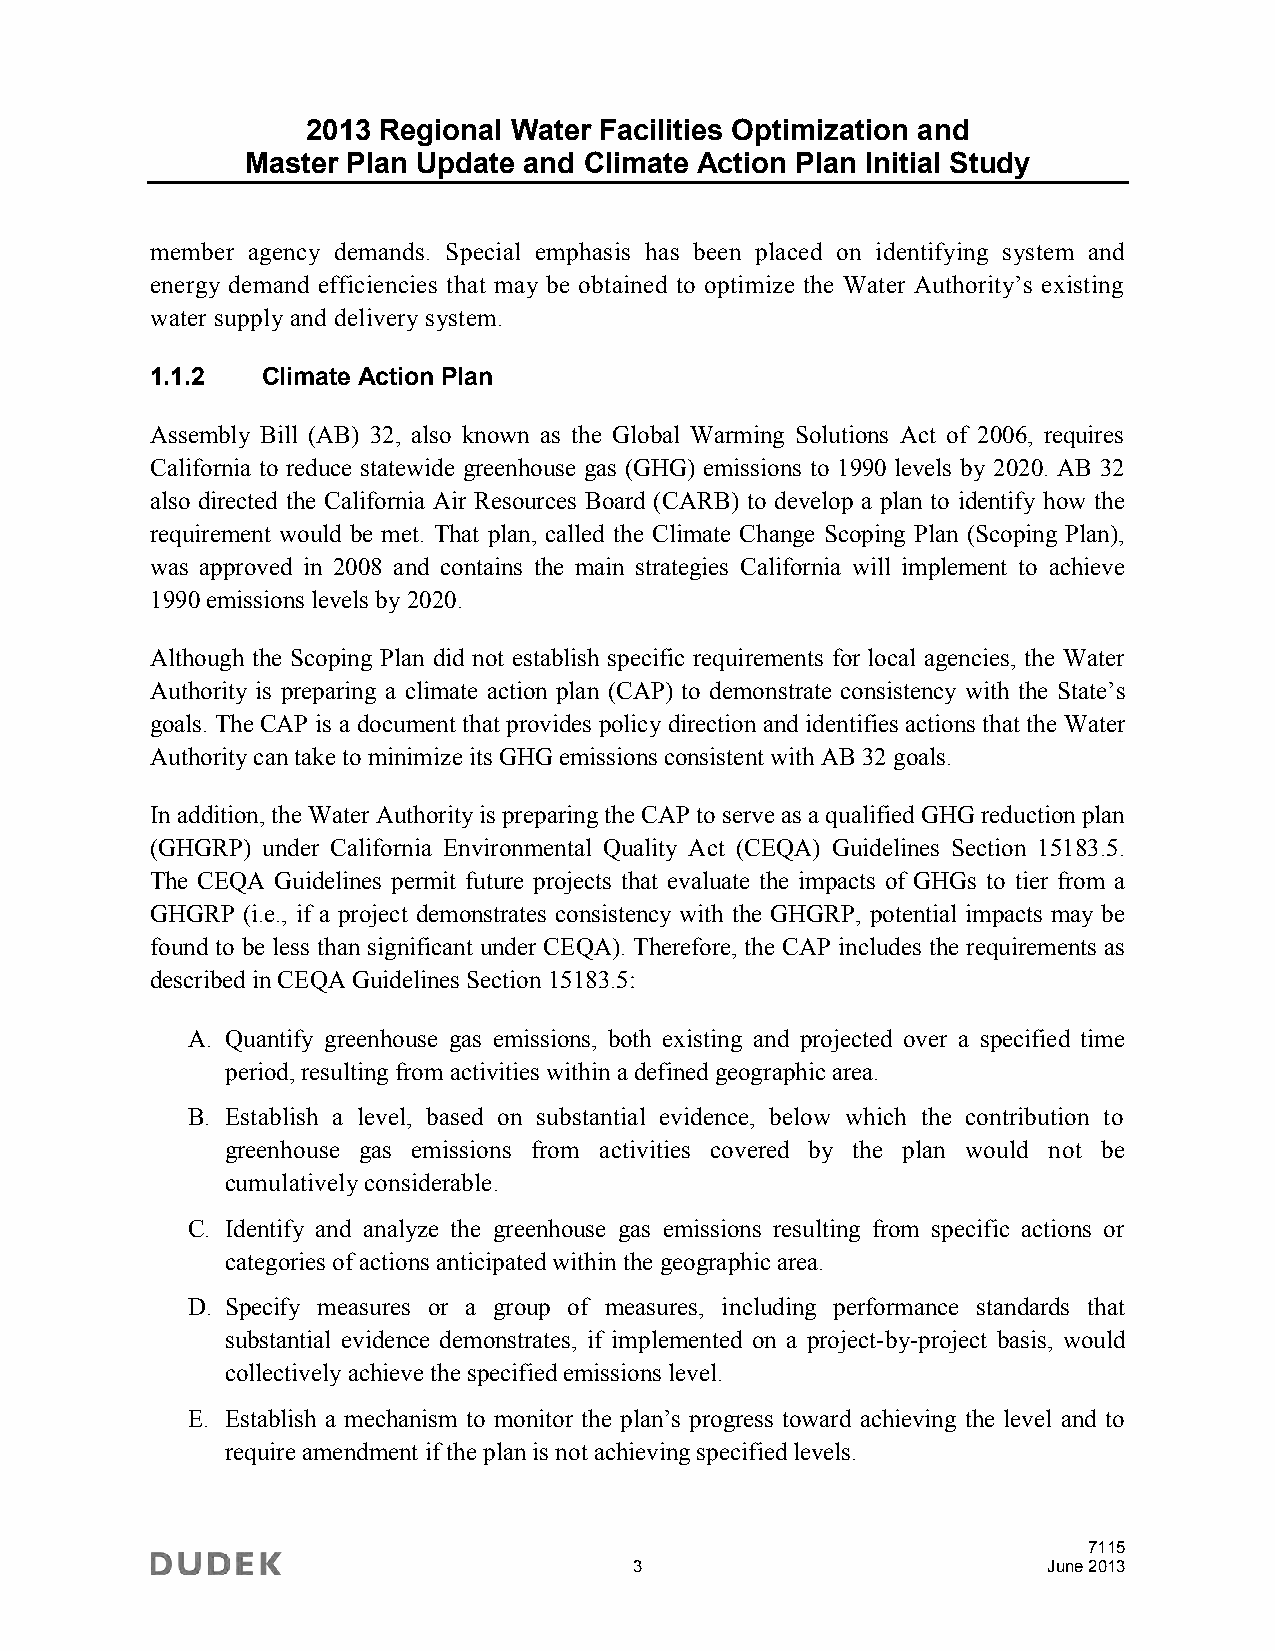
2013 Regional Water Facilities Optimization and
 Master Plan Update and Climate Action Plan Initial Study
 member agency demands. Special emphasis has been placed on identifying system and
 energy demand efficiencies that may be obtained to optimize the Water Authority’s existing
 water supply and delivery system.
 1.1.2  Climate Action Plan
 Assembly Bill (AB) 32, also known as the Global Warming Solutions Act of 2006, requires
 California to reduce statewide greenhouse gas (GHG) emissions to 1990 levels by 2020. AB 32
 also directed the California Air Resources Board (CARB) to develop a plan to identify how the
 requirement would be met. That plan, called the Climate Change Scoping Plan (Scoping Plan),
 was approved in 2008 and contains the main strategies California will implement to achieve
 1990 emissions levels by 2020.
 Although the Scoping Plan did not establish specific requirements for local agencies, the Water
 Authority is preparing a climate action plan (CAP) to demonstrate consistency with the State’s
 goals. The CAP is a document that provides policy direction and identifies actions that the Water
 Authority can take to minimize its GHG emissions consistent with AB 32 goals.
 In addition, the Water Authority is preparing the CAP to serve as a qualified GHG reduction plan
 (GHGRP) under California Environmental Quality Act (CEQA) Guidelines Section 15183.5.
 The CEQA Guidelines permit future projects that evaluate the impacts of GHGs to tier from a
 GHGRP (i.e., if a project demonstrates consistency with the GHGRP, potential impacts may be
 found to be less than significant under CEQA). Therefore, the CAP includes the requirements as
 described in CEQA Guidelines Section 15183.5:
 A. Quantify greenhouse gas emissions, both existing and projected over a specified time
 period, resulting from activities within a defined geographic area.
 B. Establish a level, based on substantial evidence, below which the contribution to
 greenhouse gas emissions from activities covered by the plan would not be
 cumulatively considerable.
 C. Identify and analyze the greenhouse gas emissions resulting from specific actions or
 categories of actions anticipated within the geographic area.
 D. Specify measures or a group of measures, including performance standards that
 substantial evidence demonstrates, if implemented on a project-by-project basis, would
 collectively achieve the specified emissions level.
 E. Establish a mechanism to monitor the plan’s progress toward achieving the level and to
 require amendment if the plan is not achieving specified levels.
 7115
 3                          June 2013